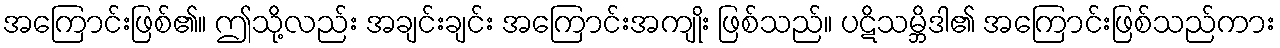
အကြောင်းဖြစ်၏။ ဤသို့လည်း အချင်းချင်း အကြောင်းအကျိုး ဖြစ်သည်။ ပဋိသမ္ဘိဒါ၏ အကြောင်းဖြစ်သည်ကား